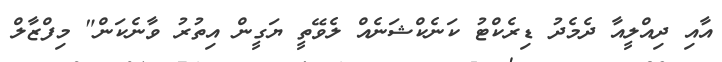
އާއި ދިއްލީއާ ދެމެދު ޑިރެކްޓު ކަނެކްޝަނެއް ލެވޭތީ ޔަގީން އިތުރު ވާނެކަން" މިފްޒާލް